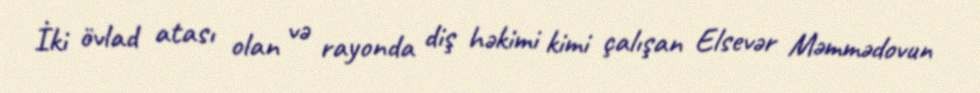
İki övlad atası olan və rayonda diş həkimi kimi çalışan Elsevər Məmmədovun